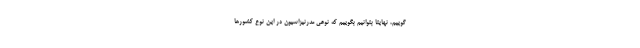
گوییم، نهایتا بتوانیم بگوییم که نوعی مدرنیزاسیون در این نوع کشورها